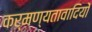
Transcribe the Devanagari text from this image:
कर्मण्यतावादियों